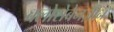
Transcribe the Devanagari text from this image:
क्लोरोबेनज़ीन